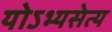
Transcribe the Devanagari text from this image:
योऽभ्यसेत्य